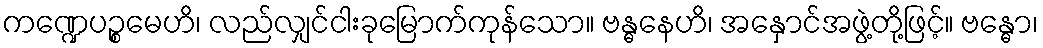
ကဏ္ဍေပဉ္စမေဟိ၊ လည်လျှင်ငါးခုမြောက်ကုန်သော။ ဗန္ဓနေဟိ၊ အနှောင်အဖွဲ့တို့ဖြင့်။ ဗန္ဓော၊